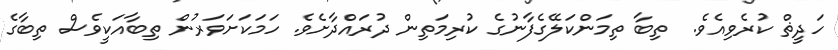
ހަދީޡް ކުރެވިއެވެ.  ތިބާ ތިމަންކަލޭގެފާނުގެ ކުރިމަތިން ދުރައްދާށެވެ. ހަމަކަށަވަރުން ތިބާއަކީވެސް ތިބާގެ